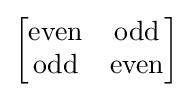
{\begin{bmatrix}\mathrm {even} &\mathrm {odd} \\\mathrm {odd} &\mathrm {even} \end{bmatrix}}